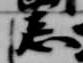
忌